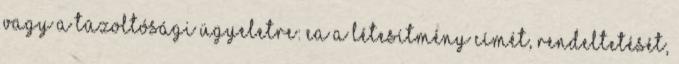
vagy a tûzoltósági ügyeletre: ea a létesítmény címét, rendeltetését,